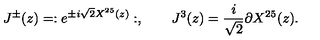
J ^ { \pm } ( z ) = : e ^ { \pm i \sqrt { 2 } X ^ { 2 5 } ( z ) } : , \qquad J ^ { 3 } ( z ) = \frac { i } { \sqrt { 2 } } \partial X ^ { 2 5 } ( z ) .